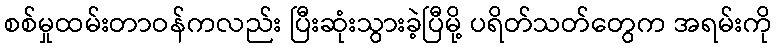
စစ်မှုထမ်းတာဝန်ကလည်း ပြီးဆုံးသွားခဲ့ပြီမို့ ပရိတ်သတ်တွေက အရမ်းကို